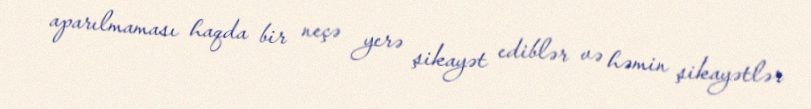
aparılmaması haqda bir neçə yerə şikayət ediblər və həmin şikayətlər